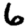
Digit: 6